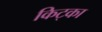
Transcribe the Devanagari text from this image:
किट्का